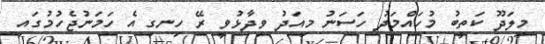
މިލަދޫ ކަތީބު މުހައްމަދު ހަސަނު މިއަދު ވިދާޅުވީ ރޭ ހިނގި އެ ހަމަނުޖެހުމުގައި